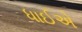
ધાઈએ